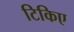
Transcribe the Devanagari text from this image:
टिकिए